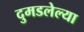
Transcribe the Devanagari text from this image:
दुमडलेल्या